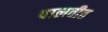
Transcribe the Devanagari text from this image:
पालवीत